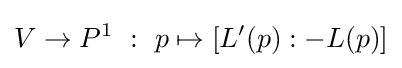
V\rightarrow P^{1}\ :\ p\mapsto \left[L'(p):-L(p)\right]